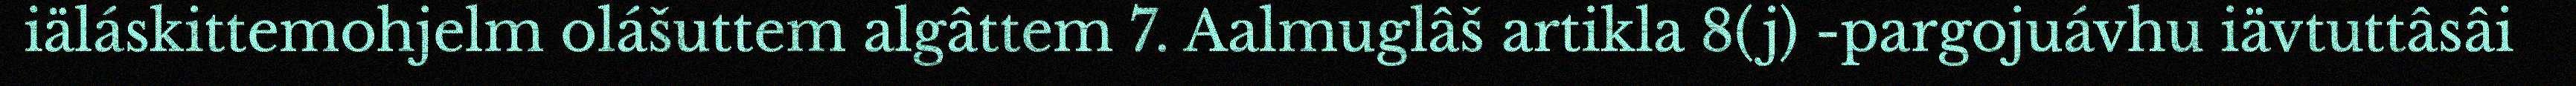
iäláskittemohjelm olášuttem algâttem 7. Aalmuglâš artikla 8(j) -pargojuávhu iävtuttâsâi